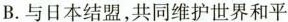
B.与日本结盟，共同维护世界和平